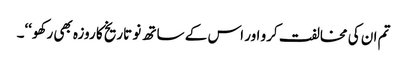
تم ان کی مخالفت کرو اور اس کے ساتھ نو تاریخ کا روزہ بھی رکھو‘‘۔